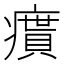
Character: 𤺔